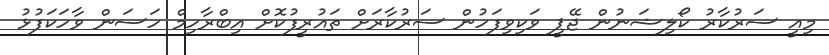
މިއީ ސަރުކާރު ކޯލިޝަނުން ޖޭޕީ ވަކިވިފަހުން ސަރުކާރަށް ތައުރީފުކޮށް އިބްރާހިމް ހަސަން ވާހަކަފުޅު